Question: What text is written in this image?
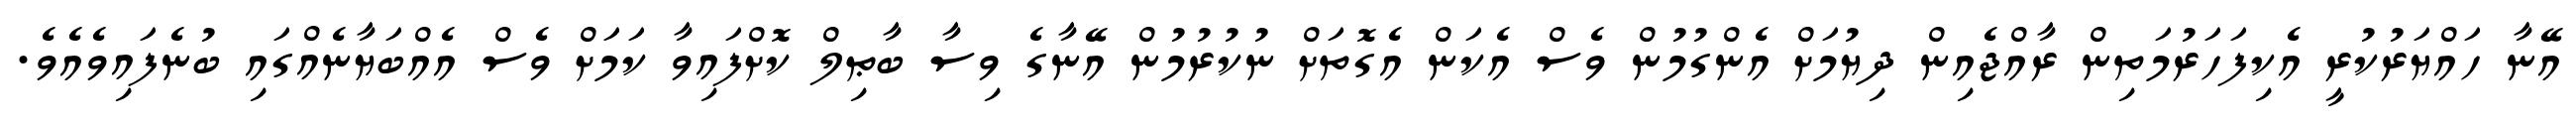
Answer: އޭނާ ހައްޔަރުކުރީ އެކިފަހަރުމަތިން ރާއްޖެއިން ދިޔުމަށް އެންގުމުން ވެސް އެކަން އެގޮތަށް ނުކުރުމުން އޭނާގެ ވިސާ ބާޠިލް ކޮށްފައިވާ ކަމަށް ވެސް އެއްބަޔާނެއްގައި ބުނެފައިވެއެވެ.